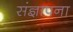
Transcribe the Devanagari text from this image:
संज्ञापना